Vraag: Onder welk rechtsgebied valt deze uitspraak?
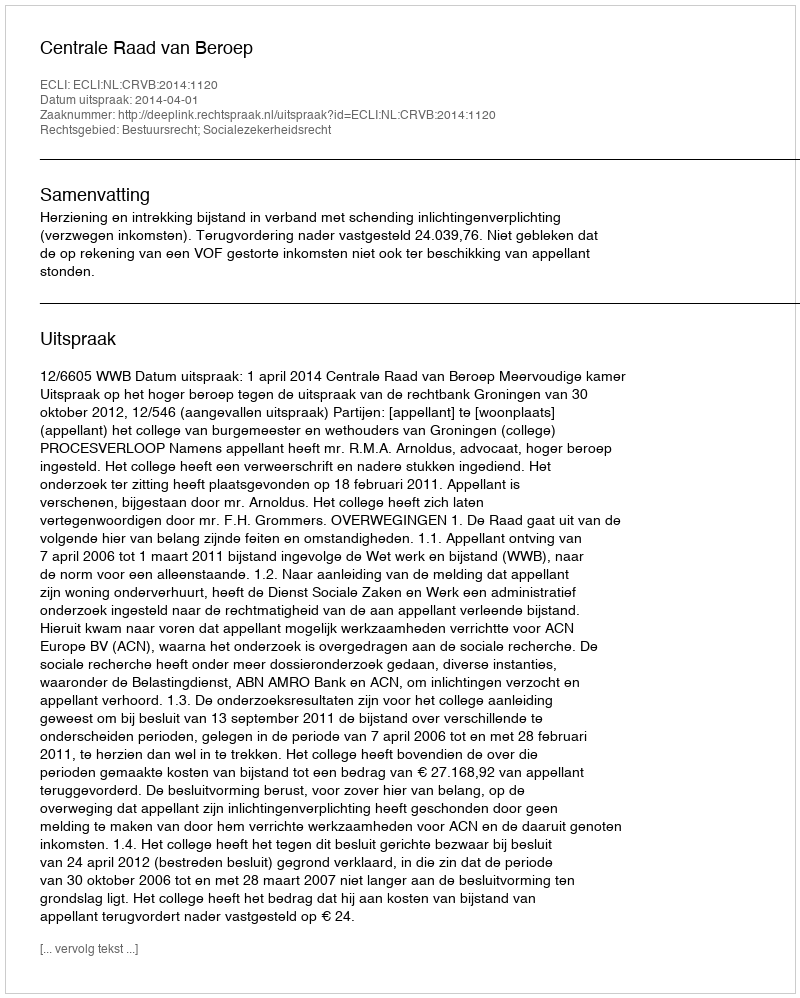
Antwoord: Bestuursrecht; Socialezekerheidsrecht